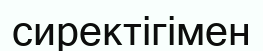
сиректігімен